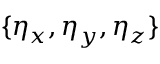
\{ \eta _ { x } , \eta _ { y } , \eta _ { z } \}